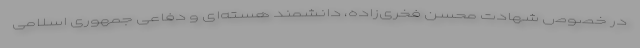
در خصوص شهادت محسن فخری‌زاده، دانشمند هسته‌ای و دفاعی جمهوری اسلامی